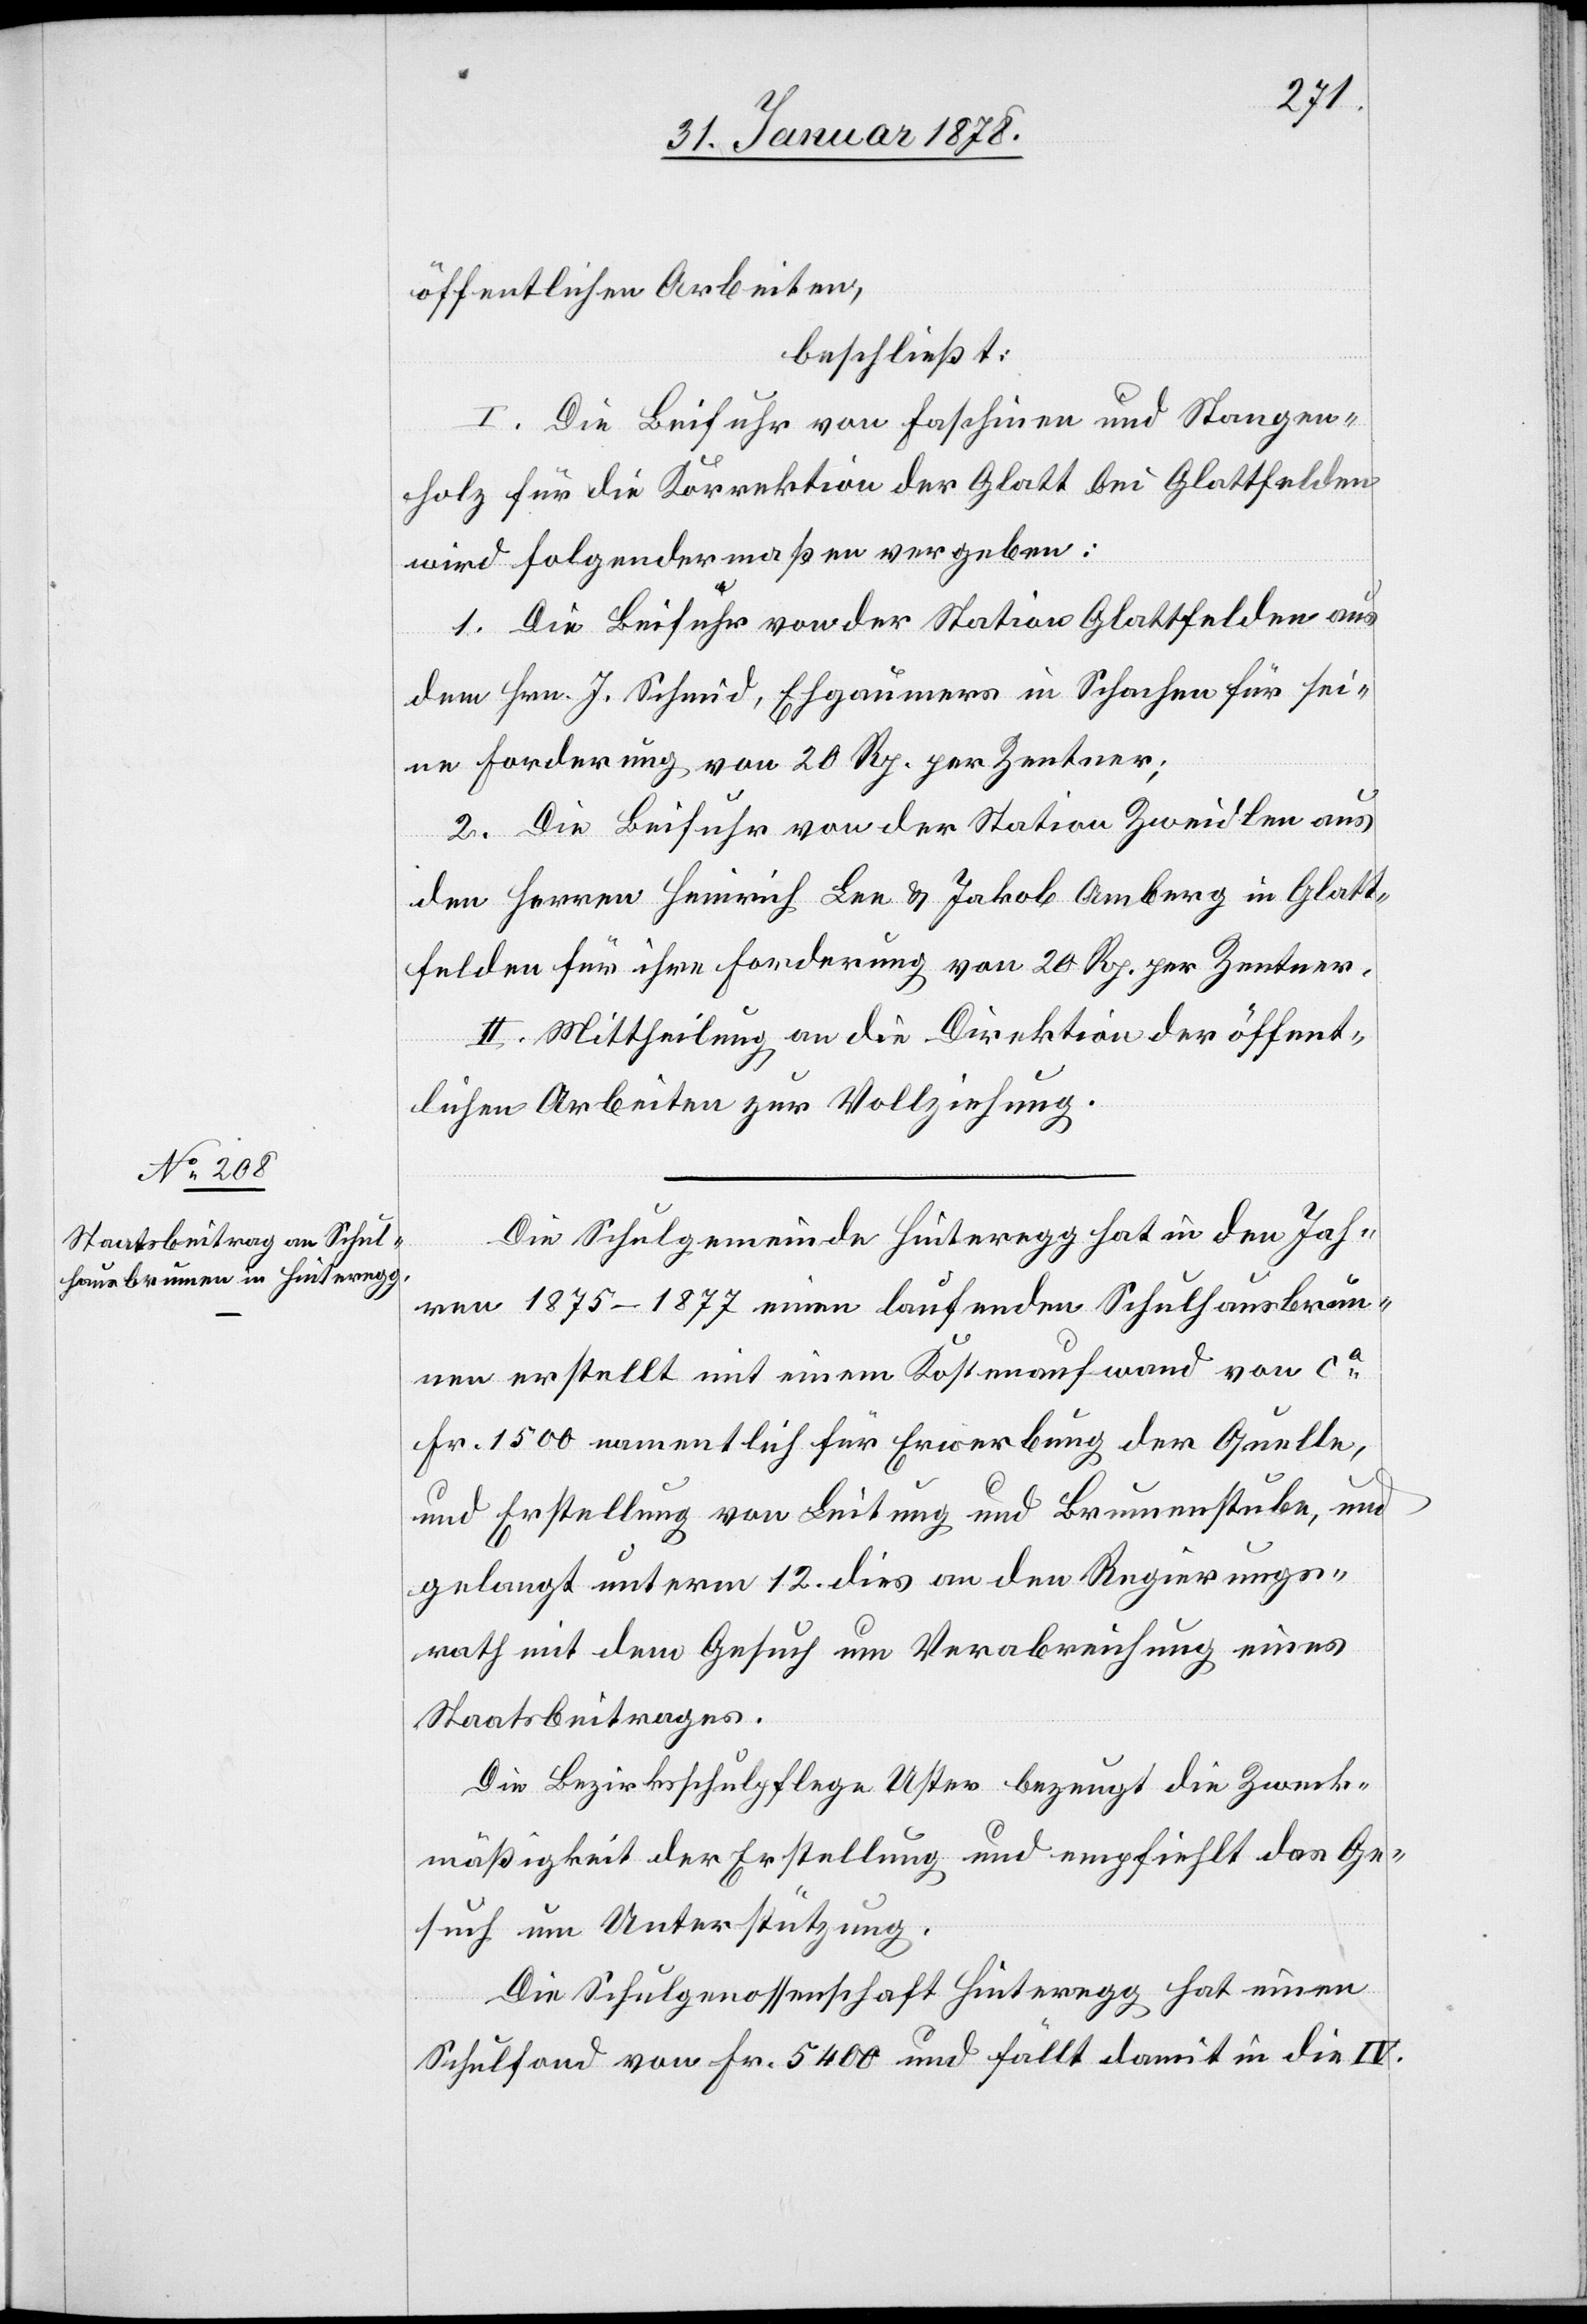
öffentlichen Arbeiten,
beschließt:
I. Die Beifuhr von Faschinen und Stangen¬
holz für die Korrektion der Glatt bei Glattfelden
wird folgendermaßen vergeben:
1. Die Beifuhr von der Station Glattfelden aus
dem Hrn. J. Schmid, Ehgaumers in Schachen für sei¬
ne Forderung von 20 Rp. per Zentner;
2. Die Beifuhr von der Station Zweidlen aus
den Herren Heinrich Lee & Jakob Amberg in Glatt¬
felden für ihre Forderung von 20 Rp. per Zentner.
II. Mittheilung an die Direktion der öffent¬
lichen Arbeiten zur Vollziehung.
Die Schulgemeinde Hinteregg hat in den Jah¬
ren 1875–1877 einen laufenden Schulhausbrun¬
nen erstellt mit einem Kostenaufwand von ca.
Fr. 1500 namentlich für Erwerbung der Quelle
und Erstellung von Leitung und Brunnenstube, und
gelangt unterm 12. dies an den Regierungs¬
rath mit dem Gesuch um Verabreichung eines
Staatsbeitrages.
Die Bezirksschulpflege Uster bezeugt die Zweck¬
mäßigkeit der Erstellung und empfiehlt das Ge¬
such um Unterstützung.
Die Schulgenossenschaft Hinteregg hat einen
Schulfond von Fr. 5400 und fällt damit in die IV.